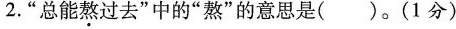
2.”总能熬过去”中的”熬”的意思是()。(1分)